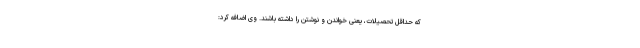
که حداقل تحصیلات، یعنی خواندن و نوشتن را داشته باشند. وی اضافه کرد: